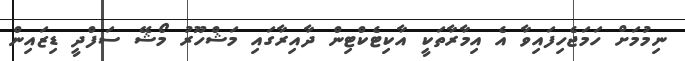
ނިމުމަށް ހަމަޖެހިފައިވާ އެ އިމާރާތަކީ އާކިޓެކްޓިން ދާއިރާގައި މަޝްހޫރު މޯޝޭ ސަފްދީ ޑިޒައިން